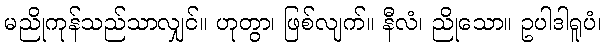
မညိုကုန်သည်သာလျှင်။ ဟုတွာ၊ ဖြစ်လျက်။ နီလံ၊ ညိုသော။ ဥပါဒါရူပံ၊